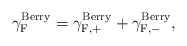
\begin{align*}{\gamma}_{\rm F}^{\rm Berry} = {\gamma}_{\rm F,+}^{\rm Berry} +{\gamma}_{\rm F,-}^{\rm Berry},\end{align*}